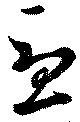
憂